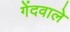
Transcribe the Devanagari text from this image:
गेंदवाले